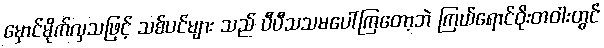
မှောင်မိုက်လှသဖြင့် သစ်ပင်များ သည် ပီပီသသမပေါ်ကြတော့ဘဲ ကြယ်ရောင်ဝိုးတဝါးတွင်